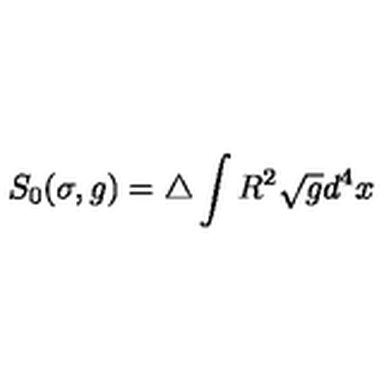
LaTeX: S _ { 0 } ( \sigma , g ) = \triangle \int R ^ { 2 } \sqrt { g } d ^ { 4 } x